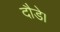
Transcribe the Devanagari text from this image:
दौडे।